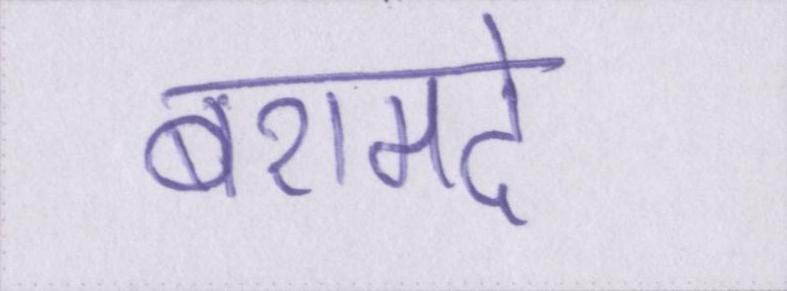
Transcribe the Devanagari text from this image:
बरामदे